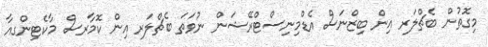
މިގޮތުން ބެޗްލަރ އިން ބިޒްނަސް އެޑްމިނިސްޓްރޭޝަން ނުވަތަ ބެޗްލަރ އިން ކޮމާރސް މާކެޓިންގއާ